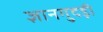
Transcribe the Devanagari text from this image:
ज्ञानगुदड़ी